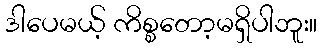
ဒါပေမယ့် ကိစ္စတော့မရှိပါဘူး။